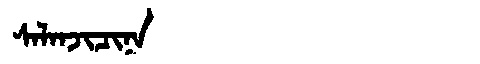
Manchu: ᠰᠠᠯᠠᠨᠵᡳᠴᡳᠨᠠ
Romanization: SALANJICINA